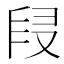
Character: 𠭊